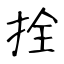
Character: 拴